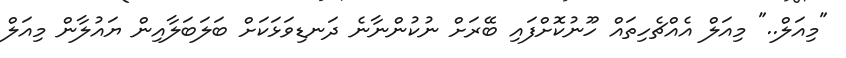
"މިއަލް.." މިއަލް އެއްޗެހިތައް ހޫނުކޮށްފައި ބޭރަށް ނުކުންނާނެ ދަނޑިވަޅަކަށް ބަލަބަލާއިން ޔައުލާން މިއަލް